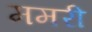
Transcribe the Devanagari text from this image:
ममरी